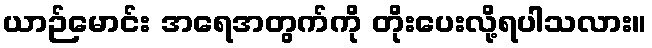
ယာဉ်မောင်း အရေအတွက်ကို တိုးပေးလို့ရပါသလား။